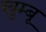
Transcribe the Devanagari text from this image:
खुम्बू